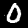
Digit: 0